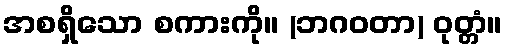
အစရှိသော စကားကို။ (ဘဂဝတာ) ဝုတ္တံ။